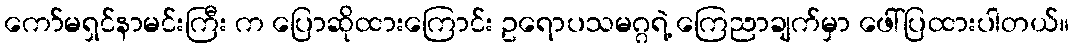
ကော်မရှင်နာမင်းကြီး က ပြောဆိုထားကြောင်း ဥရောပသမဂ္ဂရဲ့ ကြေညာချက်မှာ ဖေါ်ပြထားပါတယ်။